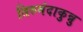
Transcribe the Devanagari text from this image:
तिरुमंदाकुन्नु